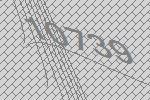
10739